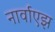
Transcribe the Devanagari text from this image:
नार्वाएझ